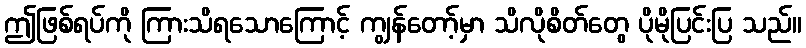
ဤဖြစ်ရပ်ကို ကြားသိရသောကြောင့် ကျွန်တော့်မှာ သိလိုစိတ်တွေ ပိုမိုပြင်းပြ သည်။